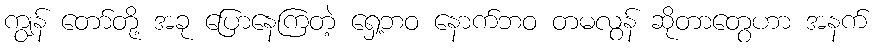
ကျွန် တော်တို့ အခု ပြောနေကြတဲ့ ရှေ့ဘဝ နောက်ဘဝ တမလွန် ဆိုတာတွေဟာ အနက်